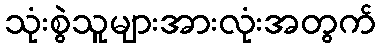
သုံးစွဲသူများအားလုံးအတွက်